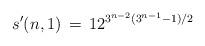
LaTeX: \begin{align*}s'(n,1) \,=\, 12^{3^{n-2}(3^{n-1}-1)/2}\end{align*}